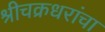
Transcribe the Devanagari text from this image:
श्रीचक्रधरांचा